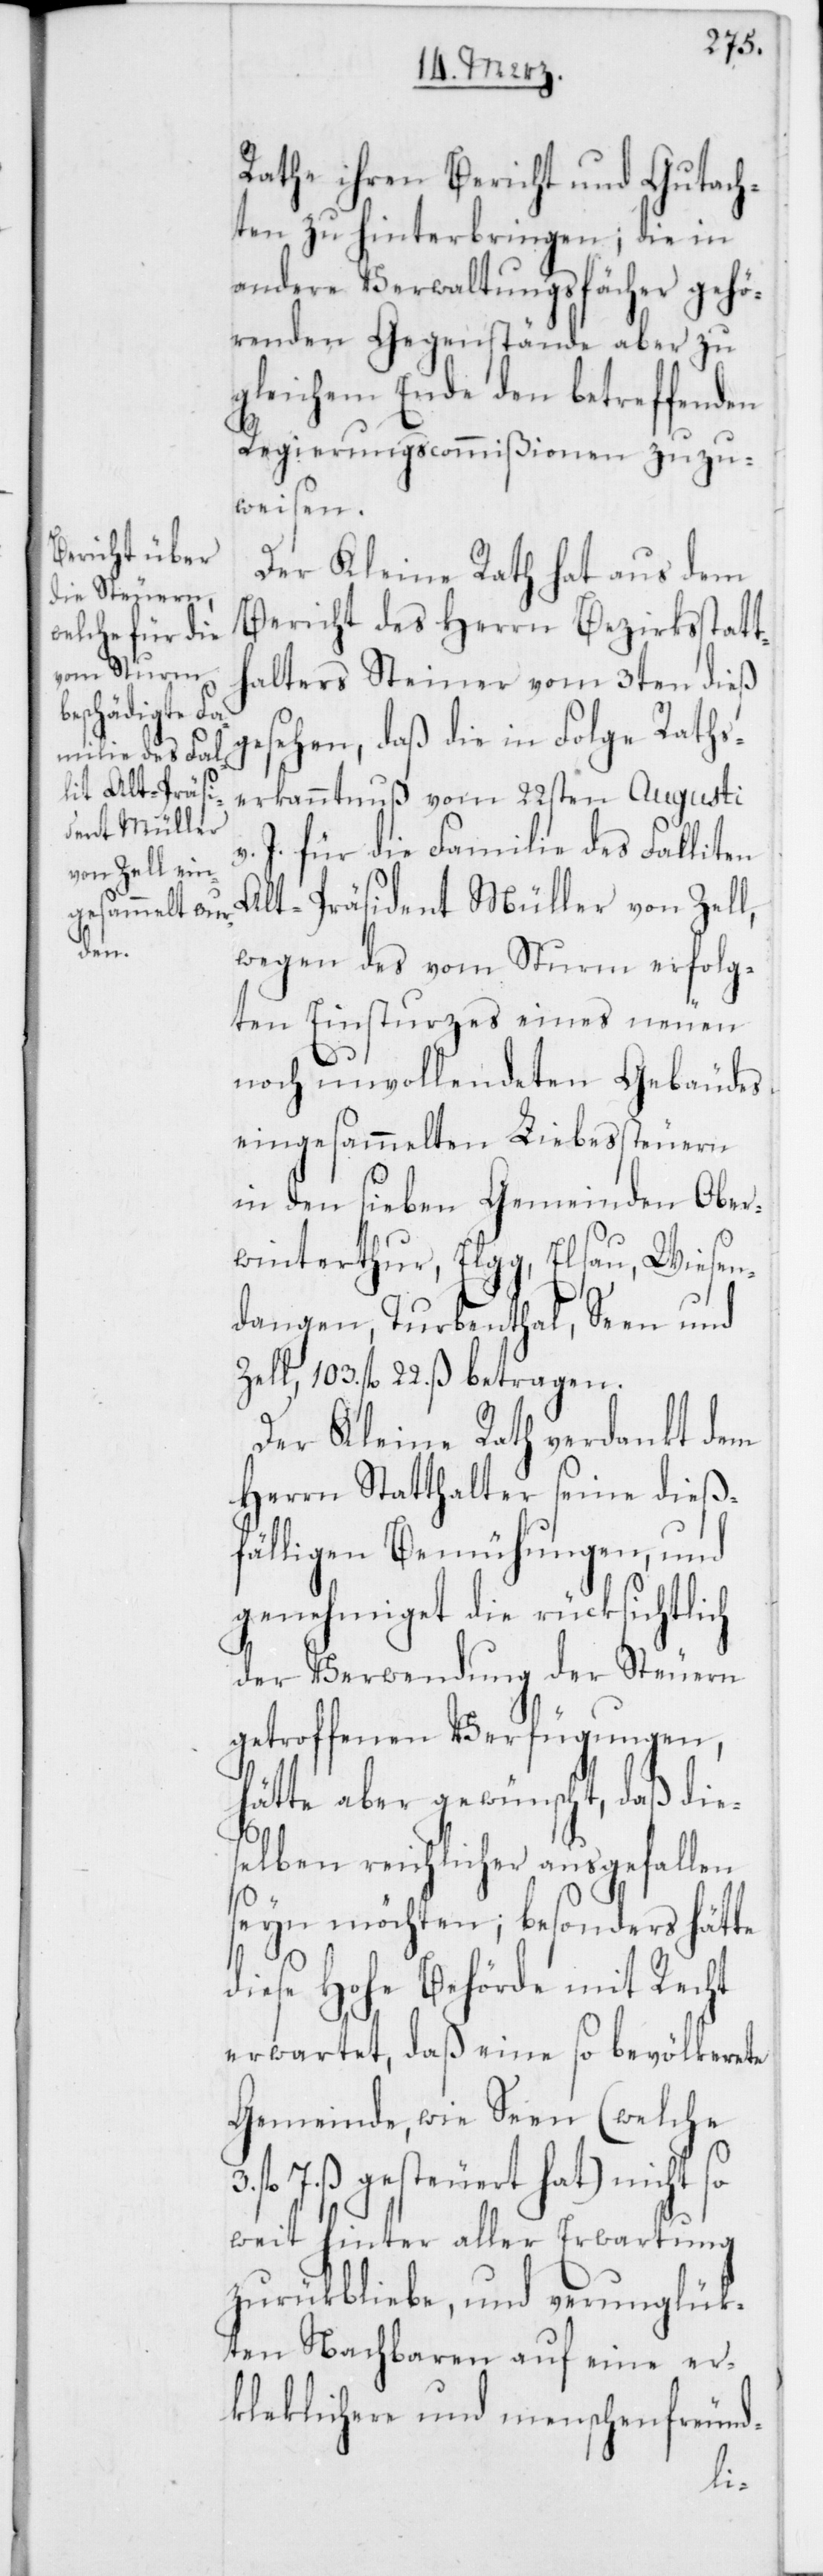
Rathe ihren Bericht und Gutach¬
ten zu hinterbringen; die in
andere Verwaltungsfächer gehö¬
rdenden Gegenstände aber zu
gleichem Ende den betreffenden
Regierungscommißionen zuzu¬
weisen.
Der Kleine Rath hat aus dem
Bericht des Herrn Bezirksstatt¬
halters Steiner vom 3ten dieß
gesehen, daß die in Folge Raths¬
erkanntnuß vom 22sten Augusti
v. J. für die Familie des Falliten
Alt-Präsident Müller von Zell,
wegen des vom Sturm erfolg¬
ten Einsturzes eines neuen
noch unvollendeten Gebäudes
eingesammelten Liebessteuern
in den sieben Gemeinden Ober¬
winterthur, Elgg, Elsau, Wiesen¬
dangen, Turbenthal, Seen und
Zell, 103. fl. 22. ß betragen.
Der Kleine Rath verdankt dem
Herrn Statthalter seine dieß¬
fälligen Bemühungen, und
genehmiget die rücksichtlich
der Verwendung der Steuern
getroffenen Verfügungen,
hätte aber gewünscht, daß dies¬
elben reichlicher ausgefallen
seyn möchten; besonders hätte
diese Hohe Behörde mit Recht
erwartet, daß eine so bevölkerete
Gemeinde, wie Seen (welche
fl. 7. ß gesteuert hat) nicht so
weit hinter aller Erwartung
zurükbliebe, und verunglük¬
ten Nachbaren auf eine er¬
kleklichere und menschenfreund-